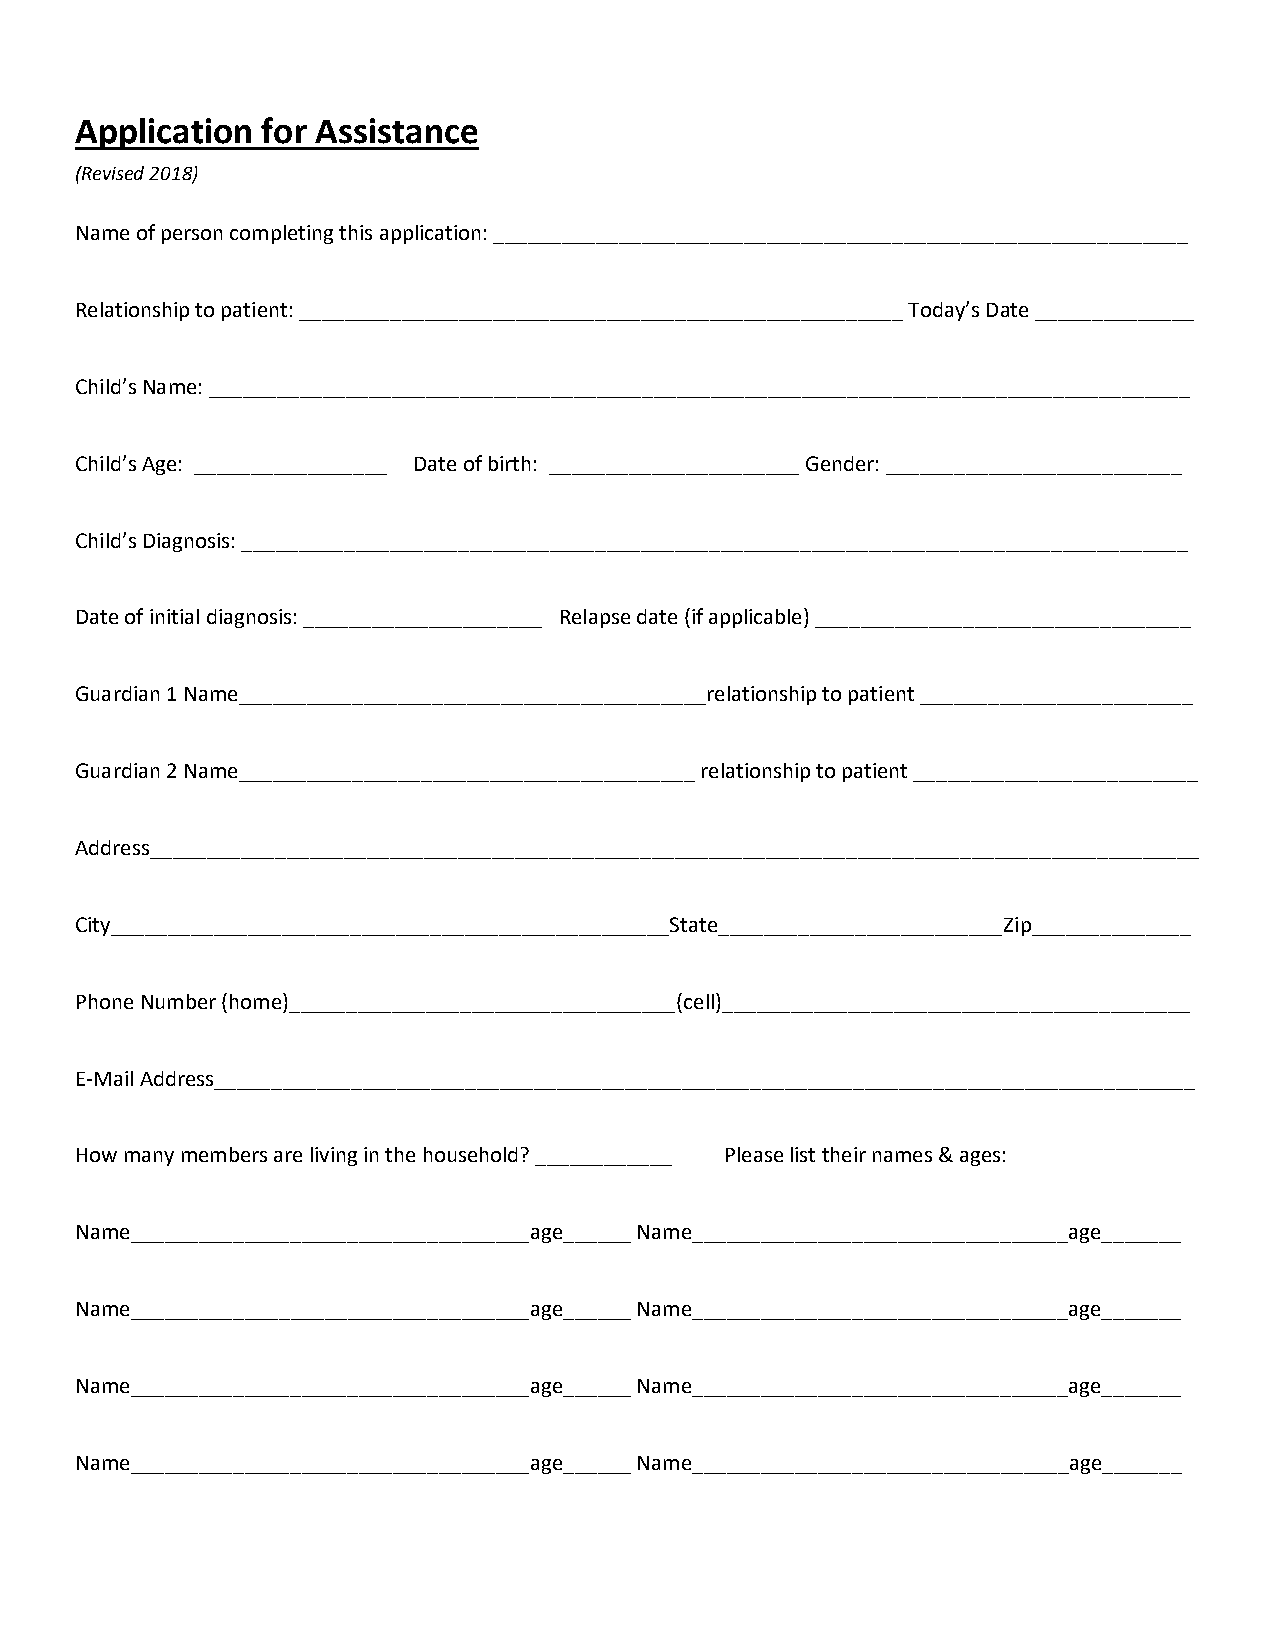
Application for Assistance
 (Revised 2018)
 Name of person completing this application: _____________________________________________________________
 Relationship to patient: _____________________________________________________ Today’s Date ______________
 Child’s Name: ______________________________________________________________________________________
 Child’s Age: _________________ Date of birth: ______________________ Gender: __________________________
 Child’s Diagnosis: ___________________________________________________________________________________
 Date of initial diagnosis: _____________________ Relapse date (if applicable) _________________________________
 Guardian 1 Name_________________________________________relationship to patient ________________________
 Guardian 2 Name________________________________________ relationship to patient _________________________
 Address____________________________________________________________________________________________
 City_________________________________________________State_________________________Zip______________
 Phone Number (home)__________________________________(cell)_________________________________________
 E-Mail Address______________________________________________________________________________________
 How many members are living in the household? ____________ Please list their names & ages:
 Name___________________________________age______ Name_________________________________age_______
 Name___________________________________age______ Name_________________________________age_______
 Name___________________________________age______ Name_________________________________age_______
 Name___________________________________age______ Name_________________________________age_______